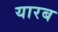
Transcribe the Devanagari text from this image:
यारब